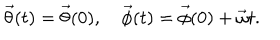
\vec { \theta } ( t ) = \vec { \theta } ( 0 ) , \quad \vec { \phi } ( t ) = \vec { \phi } ( 0 ) + \vec { \omega } t .